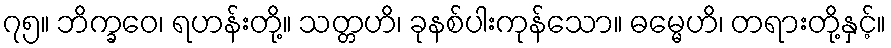
၇၅။ ဘိက္ခဝေ၊ ရဟန်းတို့။ သတ္တဟိ၊ ခုနစ်ပါးကုန်သော။ ဓမ္မေဟိ၊ တရားတို့နှင့်။